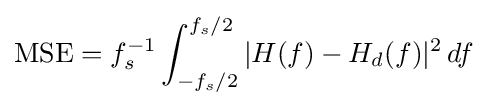
{\text{MSE}}=f_{s}^{-1}\int _{-f_{s}/2}^{f_{s}/2}|H(f)-H_{d}(f)|^{2}\,df